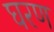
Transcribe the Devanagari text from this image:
घरण